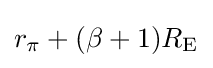
r_{\pi }+(\beta +1)R_{\text{E}}